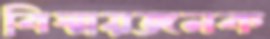
বিস্ময়জনক